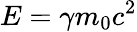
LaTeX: E=\gamma m_{0}c^{2}